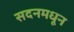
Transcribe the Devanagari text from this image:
सदनमधून